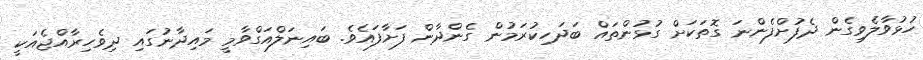
ހުޅުވާލެވިގެން ދެފުށްފެންނަ ގޮތަކަށް ގުޅުންތައް ބަދަހިކުރަމުން ގެންދާން ފަށާފައެވެ. ބައިނަލްއަގްވާމީ މައިދާނުގައި ދިވެހިރާއްޖެއަކީ